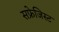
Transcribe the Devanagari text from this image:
सफ्रेजिस्ट